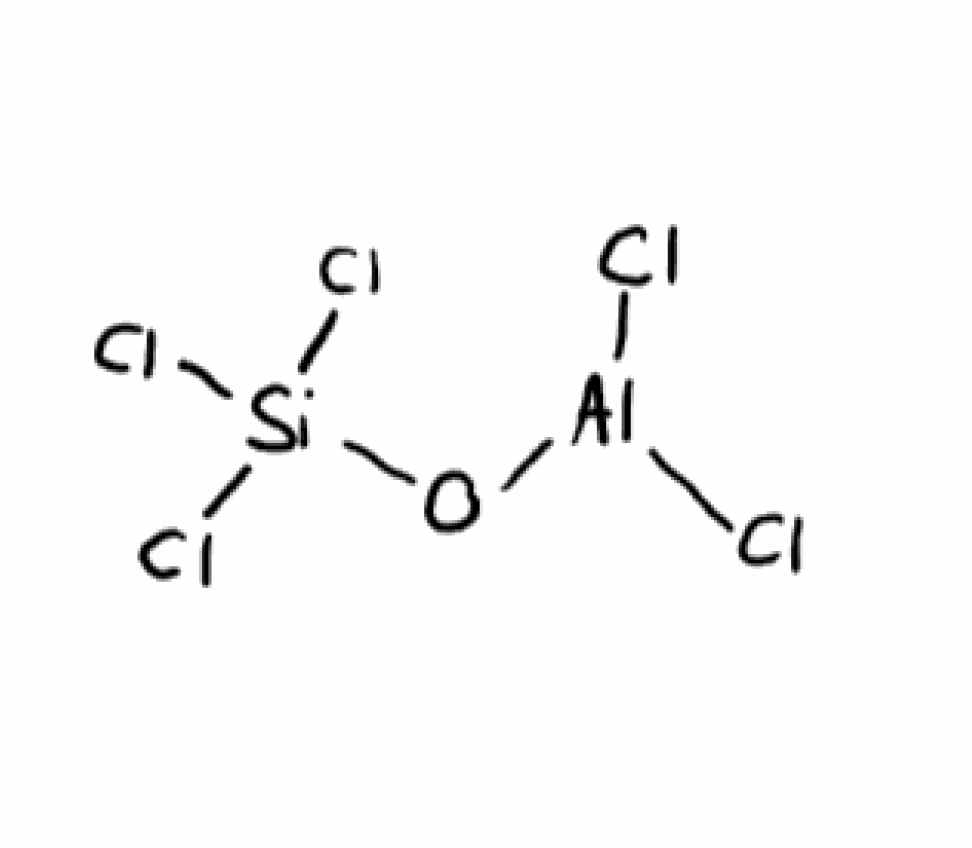
Simplified molecular-input line-entry system (SMILES) notation of the given molecule:
O([Al](Cl)Cl)[Si](Cl)(Cl)Cl